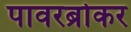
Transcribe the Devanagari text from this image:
पावरब्रोकर